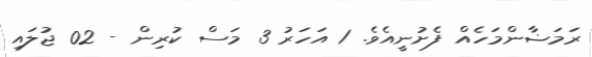
ރަމަޟާންމަހެއް ފެށުނީއެވެ. 1 އަހަރު 3 މަސް ކުރިން - 02 ޖުލައި